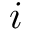
i